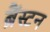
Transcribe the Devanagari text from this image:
ब्रैंस्टन